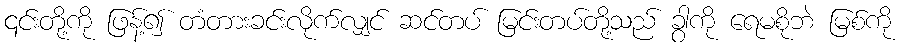
၎င်းတို့ကို ဖြန့်၍ တံတားခင်းလိုက်လျှင် ဆင်တပ် မြင်းတပ်တို့သည် ခွာကို ရေမစိုဘဲ မြစ်ကို